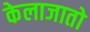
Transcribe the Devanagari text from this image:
केलाजातो